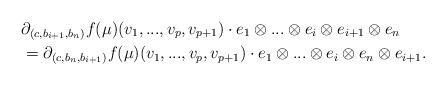
LaTeX: \begin{align*}&\partial_{(c,b_{i+1},b_{n})} f(\mu)(v_{1},...,v_{p},v_{p+1}) \cdot e_{1} \otimes ... \otimes e_{i} \otimes e_{i+1} \otimes e_{{n}}\\&= \partial_{(c,b_{n},b_{i+1})} f(\mu)(v_{1},...,v_{p},v_{p+1}) \cdot e_{1} \otimes ... \otimes e_{i} \otimes e_{{n}}\otimes e_{i+1}.\end{align*}